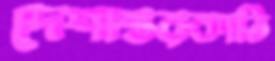
দেশান্তরকাঠি